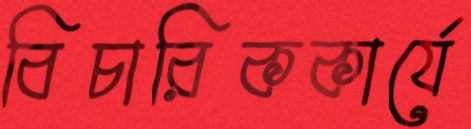
বিচারিককার্যে